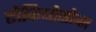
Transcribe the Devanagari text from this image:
टोकियोसोबत